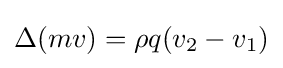
\Delta (mv)=\rho q(v_{2}-v_{1})